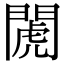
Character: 𨵘